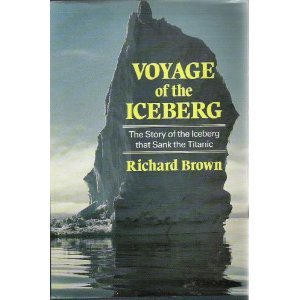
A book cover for Voyage of the Iceberg: The Story of the Iceberg That Sank the Titanic; Richard G. B. Brown; History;